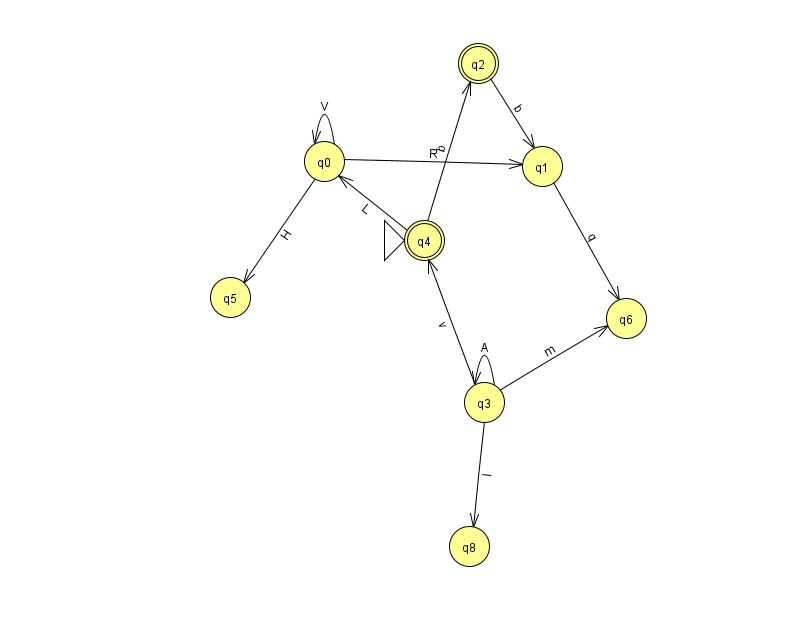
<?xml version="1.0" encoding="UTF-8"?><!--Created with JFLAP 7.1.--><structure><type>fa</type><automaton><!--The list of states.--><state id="0" name="q0"><x>324.0</x><y>148.0</y></state><state id="1" name="q1"><x>542.0</x><y>153.0</y></state><state id="2" name="q2"><x>478.0</x><y>50.0</y><final/></state><state id="3" name="q3"><x>484.0</x><y>389.0</y></state><state id="4" name="q4"><x>424.0</x><y>227.0</y><initial/><final/></state><state id="5" name="q5"><x>230.0</x><y>284.0</y></state><state id="6" name="q6"><x>626.0</x><y>305.0</y></state><state id="8" name="q8"><x>469.0</x><y>533.0</y></state><!--The list of transitions.--><transition><from>3</from><to>3</to><read>A</read></transition><transition><from>3</from><to>4</to><read>v</read></transition><transition><from>0</from><to>1</to><read>R</read></transition><transition><from>0</from><to>0</to><read>V</read></transition><transition><from>3</from><to>6</to><read>m</read></transition><transition><from>4</from><to>0</to><read>L</read></transition><transition><from>1</from><to>6</to><read>q</read></transition><transition><from>2</from><to>1</to><read>b</read></transition><transition><from>3</from><to>8</to><read>l</read></transition><transition><from>0</from><to>5</to><read>H</read></transition><transition><from>4</from><to>2</to><read>b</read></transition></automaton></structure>